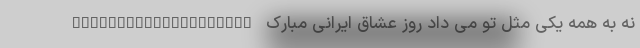
نه به همه یکی مثل تو می داد روز عشاق ایرانی مبارک ____________________